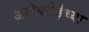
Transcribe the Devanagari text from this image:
अलेक्सेईच्या